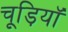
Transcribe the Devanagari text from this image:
चूड़ियॉ